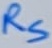
Text: RS